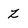
Character: Z